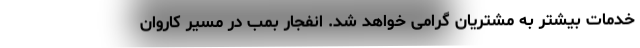
خدمات بیشتر به مشتریان گرامی خواهد شد. انفجار بمب در مسیر کاروان